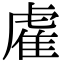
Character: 雐